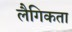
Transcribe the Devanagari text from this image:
लैगिकता